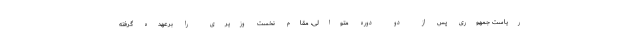
ریاست جمهوری پس از دو دوره متوالی، مقام نخست وزیری را برعهده گرفته